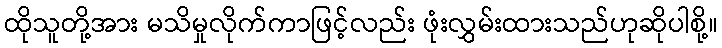
ထိုသူတို့အား မသိမှုလိုက်ကာဖြင့်လည်း ဖုံးလွှမ်းထားသည်ဟုဆိုပါစို့။